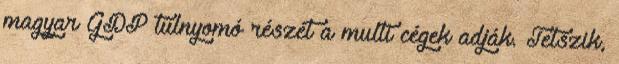
magyar GDP túlnyomó részét a multi cégek adják. Tetszik,